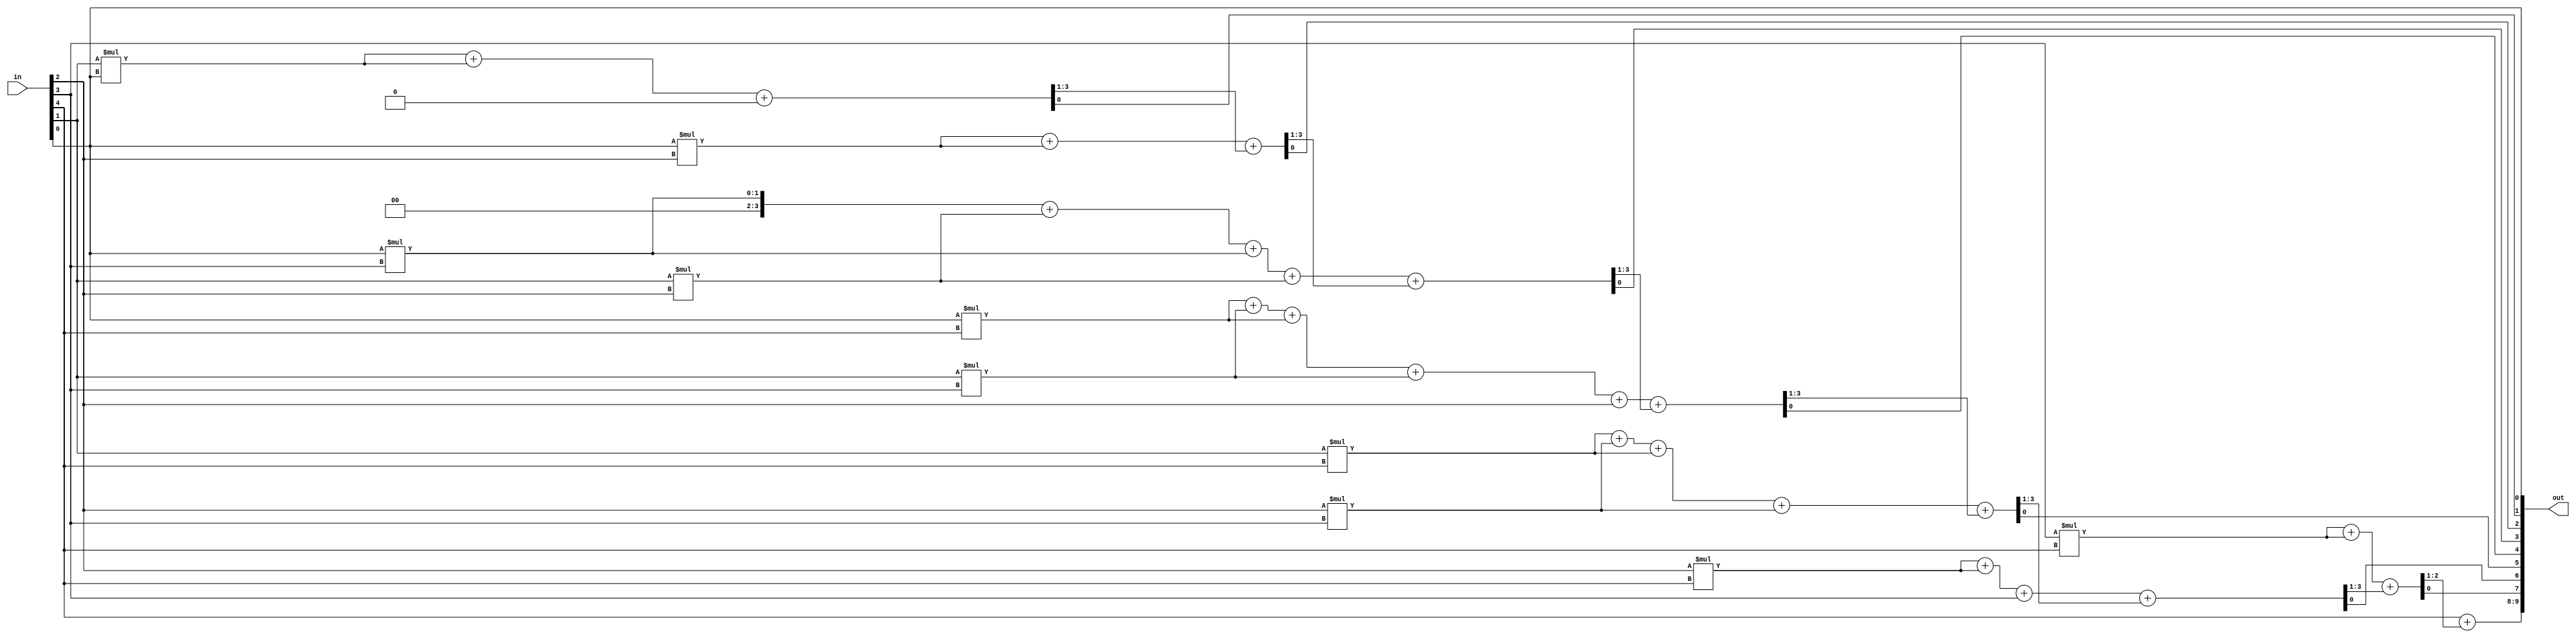
`timescale 1ns / 1ps
//////////////////////////////////////////////////////////////////////////////////
// Company: 
// Engineer: 
// 
// Design Name: 
// Module Name: Square
// Project Name: 
// Target Devices: 
// Tool Versions: 
// Description: 
// 
// Dependencies: 
// 
// Revision:
// Revision 0.01 - File Created
// Additional Comments:
// 
//////////////////////////////////////////////////////////////////////////////////


module Square(out,in);
    input [4:0] in;
    output [9:0] out;
    wire [2:0] c[8:0];

    assign {c[0],out[0]} = in[0];
    assign {c[1],out[1]} = in[1]*in[0]+in[1]*in[0]+c[0];
    assign {c[2],out[2]} = in[0]*in[2]+in[0]*in[2]+c[1];
    assign {c[3],out[3]} = in[0]*in[3]+in[1]*in[2]+in[0]*in[3]+in[1]*in[2]+c[2];
    assign {c[4],out[4]} = in[0]*in[4]+in[1]*in[3]+in[0]*in[4]+in[1]*in[3]+in[2]+c[3];
    assign {c[5],out[5]} = in[1]*in[4]+in[2]*in[3]+in[1]*in[4]+in[2]*in[3]+c[4];
    assign {c[6],out[6]} = in[2]*in[4]+in[2]*in[4]+in[3]+c[5];
    assign {c[7],out[7]} = in[3]*in[4]+in[3]*in[4]+c[6];
    assign {c[8],out[8]} = in[4]+c[7];
    assign out[9] = c[8];
endmodule